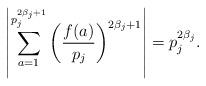
LaTeX: \begin{align*} \left|\sum_{a=1}^{p_j^{2\beta_j+1}}\left(\frac{f(a)}{p_j}\right)^{2\beta_j+1}\right|= p_j^{2\beta_j}. \end{align*}